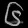
Digit: ၆